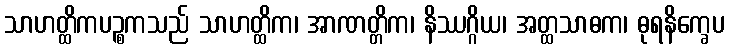
သာဟတ္ထိကပဉ္စကသည် သာဟတ္ထိက၊ အာဏတ္တိက၊ နိဿဂ္ဂိယ၊ အတ္ထသာဓက၊ ဓုရနိက္ခေပ